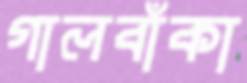
গালবাঁকা